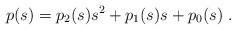
LaTeX: \begin{align*} p(s) = p_2(s)s^{2} + p_1(s)s + p_0(s) \;.\end{align*}